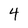
Character: 4